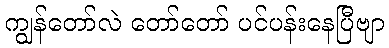
ကျွန်တော်လဲ တော်တော် ပင်ပန်းနေပြီဗျာ